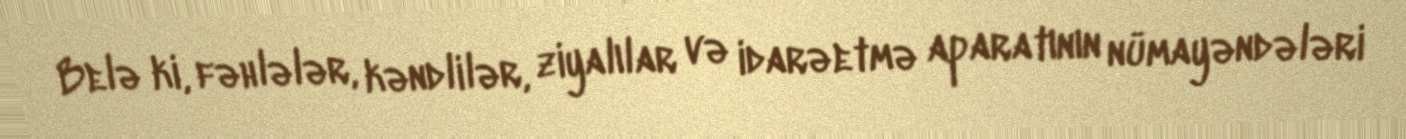
Belə ki, fəhlələr, kəndlilər, ziyalılar və idarəetmə aparatının nümayəndələri